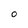
Character: O